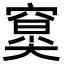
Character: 𥧤